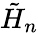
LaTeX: {\tilde{H}}_{n}